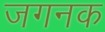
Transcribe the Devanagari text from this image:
जगनक